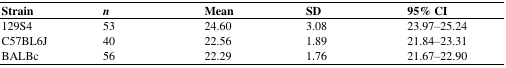
<table><thead><tr><td><b>Strain</b></td><td><b><i>n</i></b></td><td><b>Mean</b></td><td><b>SD</b></td><td><b>95% CI</b></td></tr></thead><tbody><tr><td>129S4</td><td>53</td><td>24.60</td><td>3.08</td><td>23.97–25.24</td></tr><tr><td>C57BL6J</td><td>40</td><td>22.56</td><td>1.89</td><td>21.84–23.31</td></tr><tr><td>BALBc</td><td>56</td><td>22.29</td><td>1.76</td><td>21.67–22.90</td></tr></tbody></table>